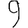
Digit: 9